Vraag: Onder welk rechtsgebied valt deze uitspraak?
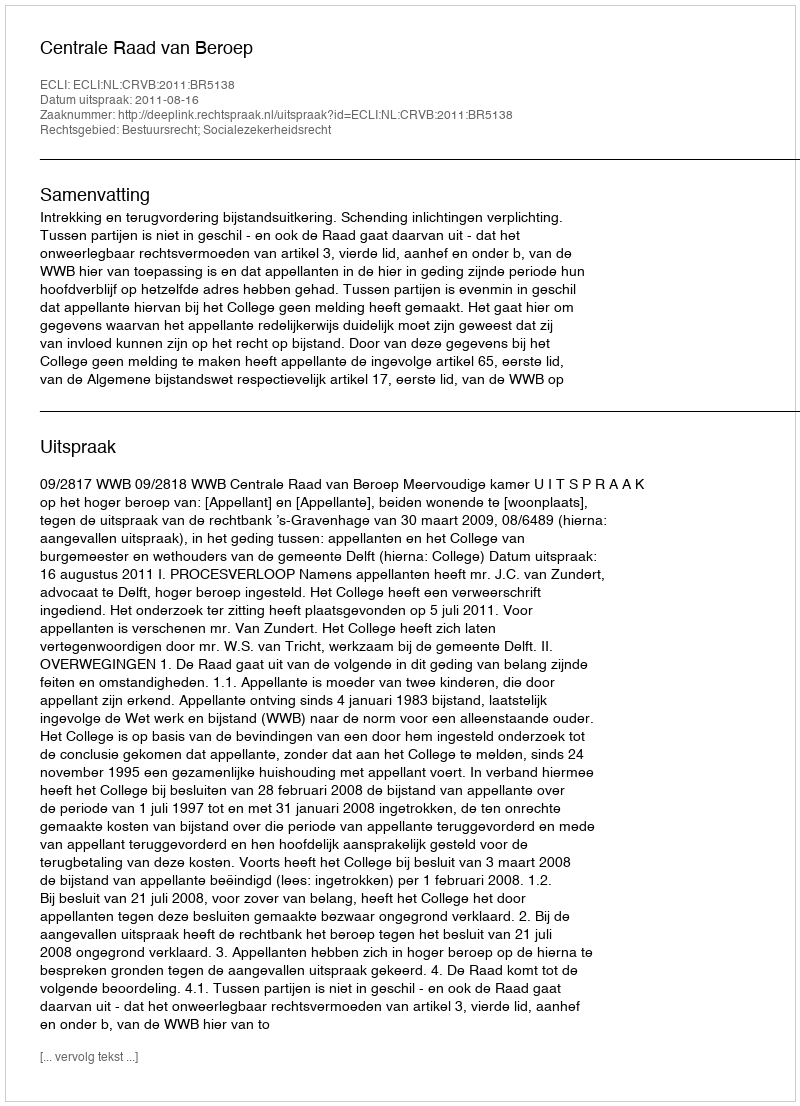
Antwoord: Bestuursrecht; Socialezekerheidsrecht